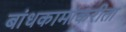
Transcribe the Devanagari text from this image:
बांधकामांकरीता